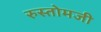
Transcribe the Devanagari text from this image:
रुस्तोमजी